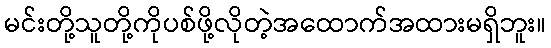
မင်းတို့သူတို့ကိုပစ်ဖို့လိုတဲ့အထောက်အထားမရှိဘူး။